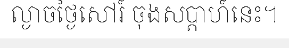
ល្ងាចថ្ងៃសៅរ៍ ចុងសប្តាហ៍នេះ។